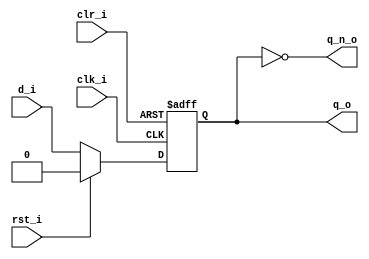
//--------------------------------------------------------------------------------
// Dependencies : 
// Description  : D Flip Flop with Synchronous Reset and Asynchronous Clear
//--------------------------------------------------------------------------------

module dff_sync_rst_async_clr(
  input      clk_i , // Input Clock
  input      rst_i , // Synchronous Reset
  input      clr_i , // Input Clear
  input      d_i   , // Input D
  output reg q_o   , // Output Q
  output     q_n_o   // Output ~Q
);
  
  // Combinational Logic
  assign q_n_o = ~q_o;
  
  // Sequential Logic
  always@(posedge clk_i, posedge clr_i)begin
    if(clr_i)begin
	// Asynchronous Clear
	  q_o <= 1'b0;
	end else begin
	  if(rst_i)begin
	  // Synchronous Reset
	    q_o <= 1'b0;
	  end else begin
	    q_o <= d_i;
	  end
	end
  end
  
endmodule